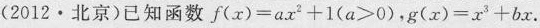
(2012·北京)已知函数$$f ( x ) = a x ^ { 2 } + 1$$($$a > 0$$)，$$g ( x ) = x ^ { 3 } + b x$$.